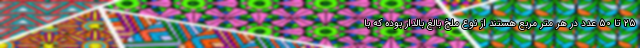
۲۵ تا ۵۰ عدد در هر متر مربع هستند از نوع ملخ بالغ بالدار بوده که با